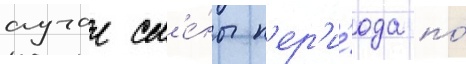
случаи см'е́ны п'ер'и́ода по́